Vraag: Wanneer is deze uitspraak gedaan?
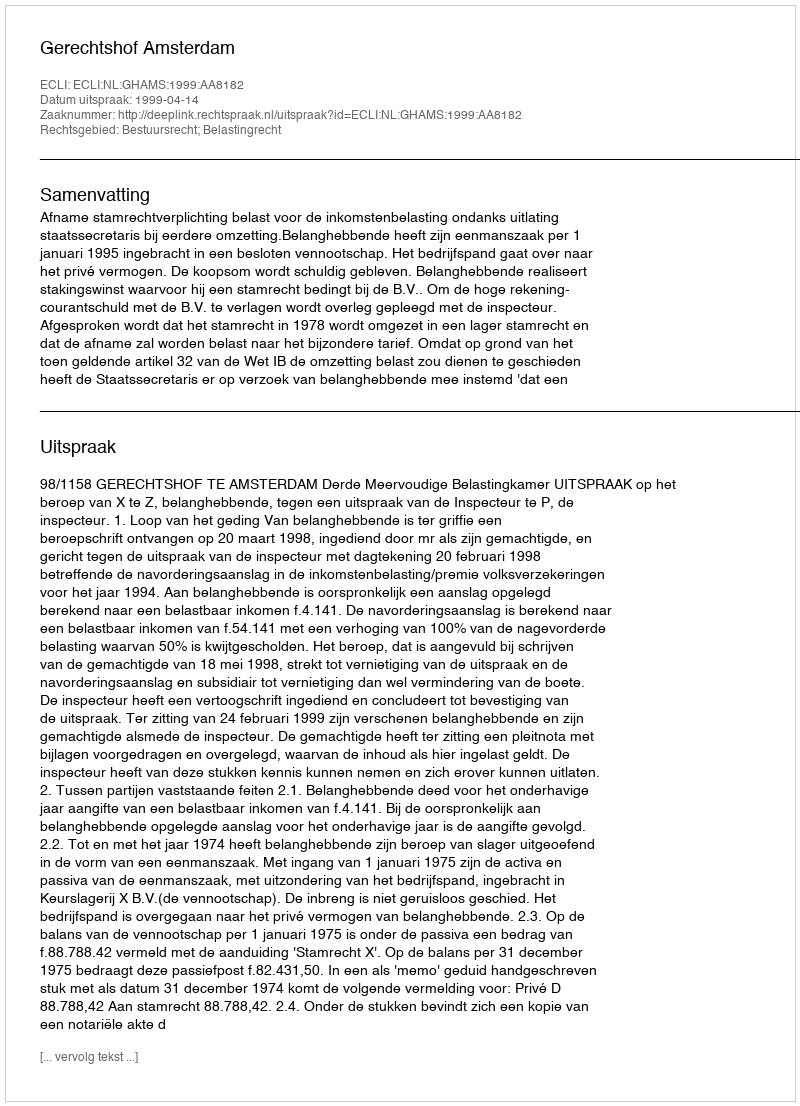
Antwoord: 1999-04-14